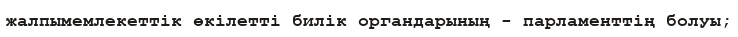
жалпымемлекеттік өкілетті билік органдарының - парламенттің болуы;